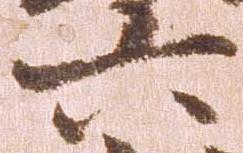
六